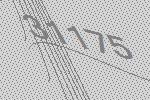
31175